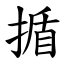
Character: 揗